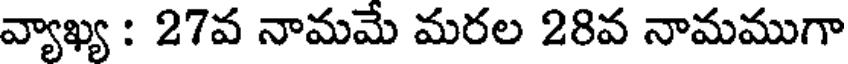
వ్యాఖ్య : 27వ నామమే మరల 28వ నామముగా